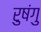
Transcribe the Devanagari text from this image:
रुषंगु